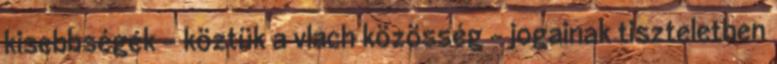
kisebbségek - köztük a vlach közösség - jogainak tiszteletben